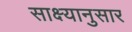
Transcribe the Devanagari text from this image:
साक्ष्यानुसार